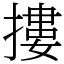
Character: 摟